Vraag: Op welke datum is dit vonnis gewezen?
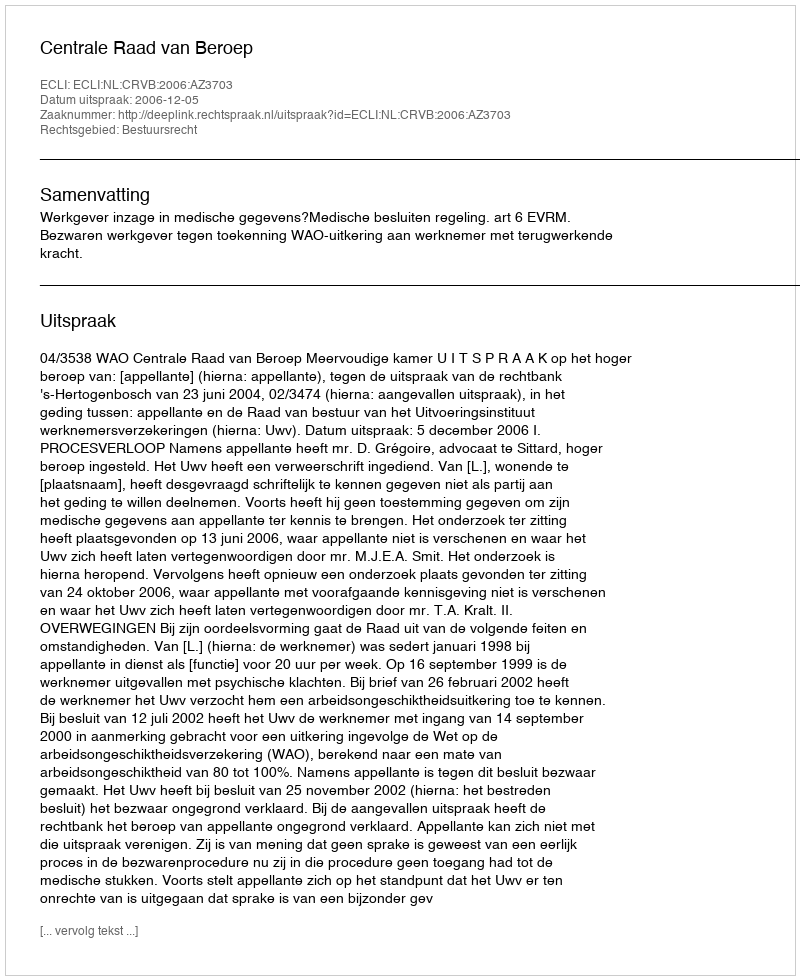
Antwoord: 2006-12-05